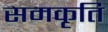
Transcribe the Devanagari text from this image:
समकृति